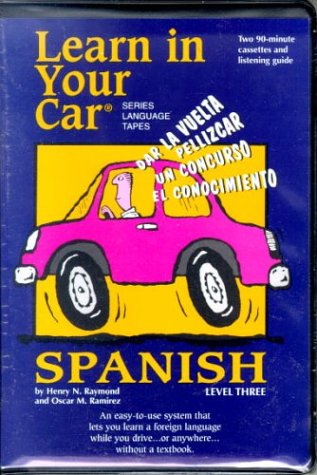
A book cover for Learn in Your Car-Spanish Level 3 (Cassettes and Learning Guide); Henry Raymond; Engineering & Transportation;